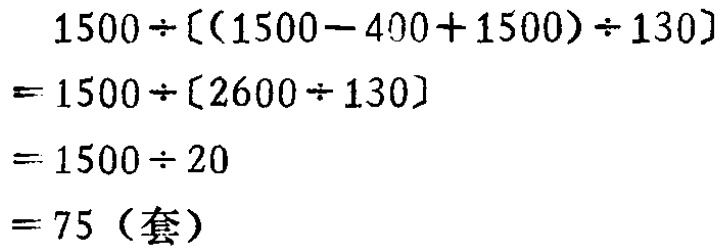
\[
\begin{align*}
&1500\div[(1500 - 400 + 1500)\div130]\\
=&1500\div[2600\div130]\\
=&1500\div20\\
=&75（套）
\end{align*}
\]